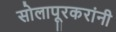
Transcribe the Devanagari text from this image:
सोलापूरकरांनी